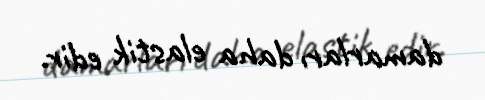
damarları daha elastik edir.